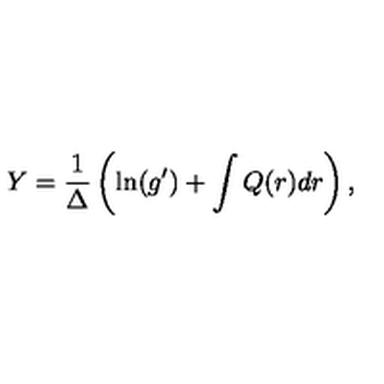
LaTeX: Y = \frac { 1 } { \Delta } \left( \ln ( g ^ { \prime } ) + \int Q ( r ) d r \right) ,